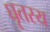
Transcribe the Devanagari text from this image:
घृतस्य